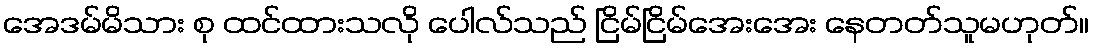
အေဒမ်မိသား စု ထင်ထားသလို ပေါလ်သည် ငြိမ်ငြိမ်အေးအေး နေတတ်သူမဟုတ်။